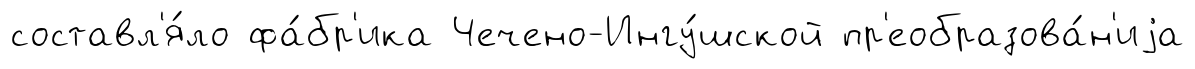
составл'я́ло фа́бр'ика Чечено-Ингу́шской пр'еобразова́н'иjа